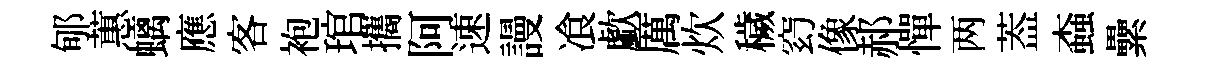
郇蕙螭應客袍琯攜阿速謾飡歔厲炊穢𥥆像郝憚两葢螙纍